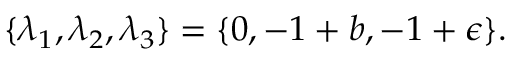
\{ \lambda _ { 1 } , \lambda _ { 2 } , \lambda _ { 3 } \} = \{ 0 , - 1 + b , - 1 + \epsilon \} .